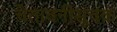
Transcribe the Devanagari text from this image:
चेतावनीसूचक